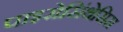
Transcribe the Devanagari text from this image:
पाइरोसिंथेसिस